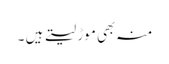
منہ بھی موڑ لیتے ہیں ۔